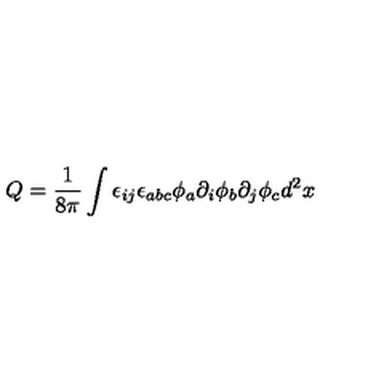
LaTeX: Q = \frac { 1 } { 8 \pi } \int \epsilon _ { i j } \epsilon _ { a b c } \phi _ { a } \partial _ { i } \phi _ { b } \partial _ { j } \phi _ { c } d ^ { 2 } x